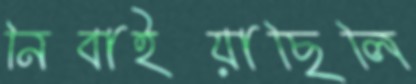
নিবাইয়াছিলি